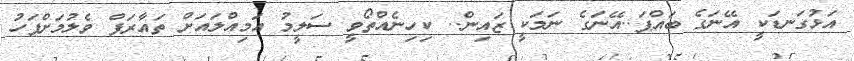
އަޅުގަނޑަކީ އޭނަގެ ބައްޕަ..އޭނަގެ ނަމަކީ ޒައިން.. ކިހިނެއްތޯވީ ސަލީމު އަމިއްލައަށް ތައާރަފް ވެލުމަށްފަހު